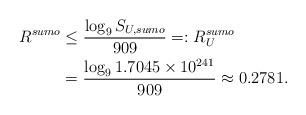
LaTeX: \begin{align*} R^{sumo} &\le \frac{\log_9 S_{U,sumo}}{909} =: R_U^{sumo} \\ &= \frac{\log_9 1.7045 \times 10^{241}}{909} \approx 0.2781. \end{align*}